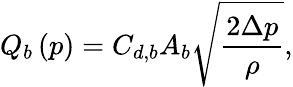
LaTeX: Q_{b}\left(p\right)=C_{d,b}A_{b}\sqrt{\frac{2\Delta p}{\rho}},